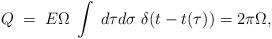
LaTeX: \begin{align*}Q\; =\; E \Omega\; \int\; d\tau d\sigma \;\delta(t - t( \tau)) =2\pi \Omega,\end{align*}